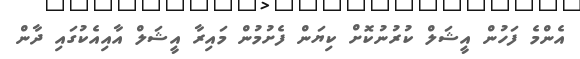
އެންމެ ފަހުން އީޝަލް ކުރުނުކޮށް ކިޔަން ފެށުމުން މައިރާ އީޝަލް އާއިއެކުގައި ދާން